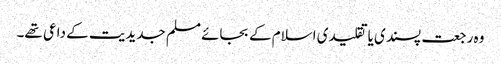
وہ رجعت پسندی یا تقلیدی اسلام کے بجائے مسلم جدیدیت کے داعی تھے۔